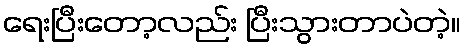
ရေးပြီးတော့လည်း ပြီးသွားတာပဲတဲ့။